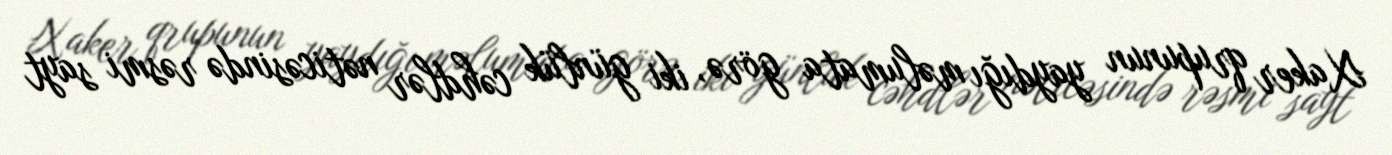
Xaker qrupunun yaydığı məlumata görə, iki günlük cəhdlər nəticəsində rəsmi sayt